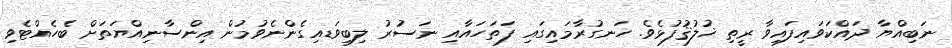
ނަބިއްޔާ ދައްކަވައިފައިވާ ރީތި ޚުލުޤުފުޅެވެ. ހަނގުރާމައިގައި ފަތަހައާއި ނަސުރު ލިބިވަޑއިގެންނެވުމުން އިންސާނިއްޔަތަށް ބެހެއްޓެވި